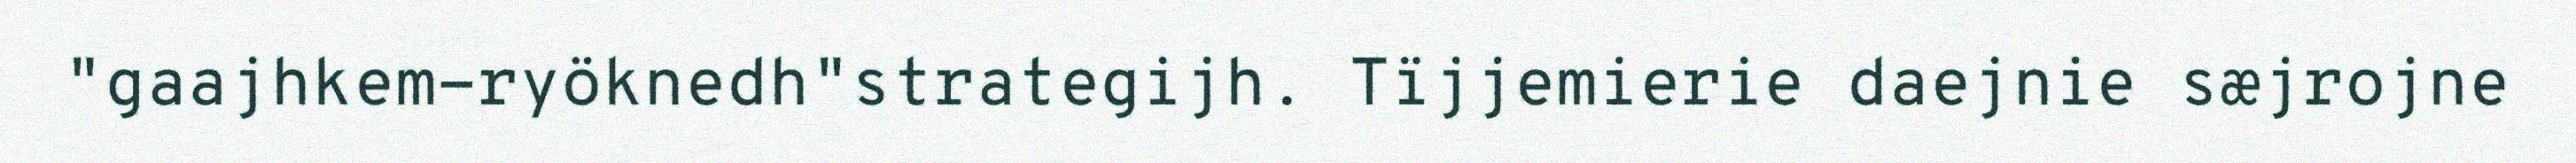
"gaajhkem-ryöknedh"strategijh. Tïjjemierie daejnie sæjrojne